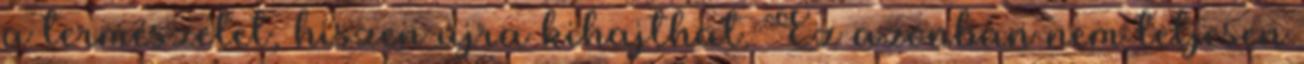
a természetet, hiszen újra kihajthat. Ez azonban nem teljesen